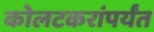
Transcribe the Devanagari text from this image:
कोलटकरांपर्यंत